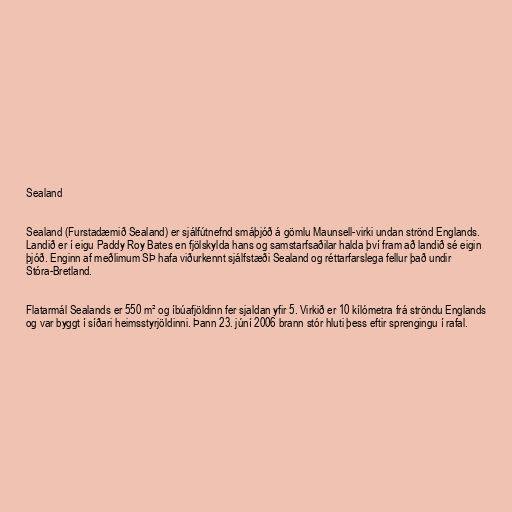
Sealand

Sealand (Furstadæmið Sealand) er sjálfútnefnd smáþjóð á gömlu Maunsell-virki undan strönd Englands.
Landið er í eigu Paddy Roy Bates en fjölskylda hans og samstarfsaðilar halda því fram að landið sé eigin
þjóð. Enginn af meðlimum SÞ hafa viðurkennt sjálfstæði Sealand og réttarfarslega fellur það undir
Stóra-Bretland.

Flatarmál Sealands er 550 m² og íbúafjöldinn fer sjaldan yfir 5. Virkið er 10 kílómetra frá ströndu Englands
og var byggt í síðari heimsstyrjöldinni. Þann 23. júní 2006 brann stór hluti þess eftir sprengingu í rafal.